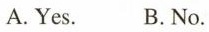
A.Yes. B. No.